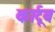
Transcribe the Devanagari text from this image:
कार्टूब